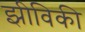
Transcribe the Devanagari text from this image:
झीविकी